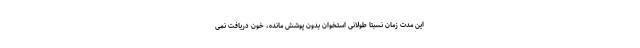
این مدت زمان نسبتا طولانی استخوان بدون پوشش مانده، خون دریافت نمی